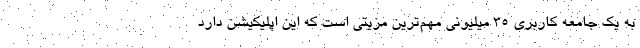
به یک جامعه کاربری ۳۵ میلیونی مهم‌ترین مزیتی است که این اپلیکیشن دارد